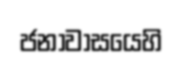
ජනාවාසයෙහි